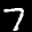
Label: 7